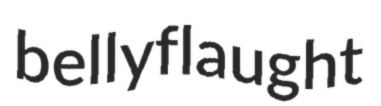
bellyflaught